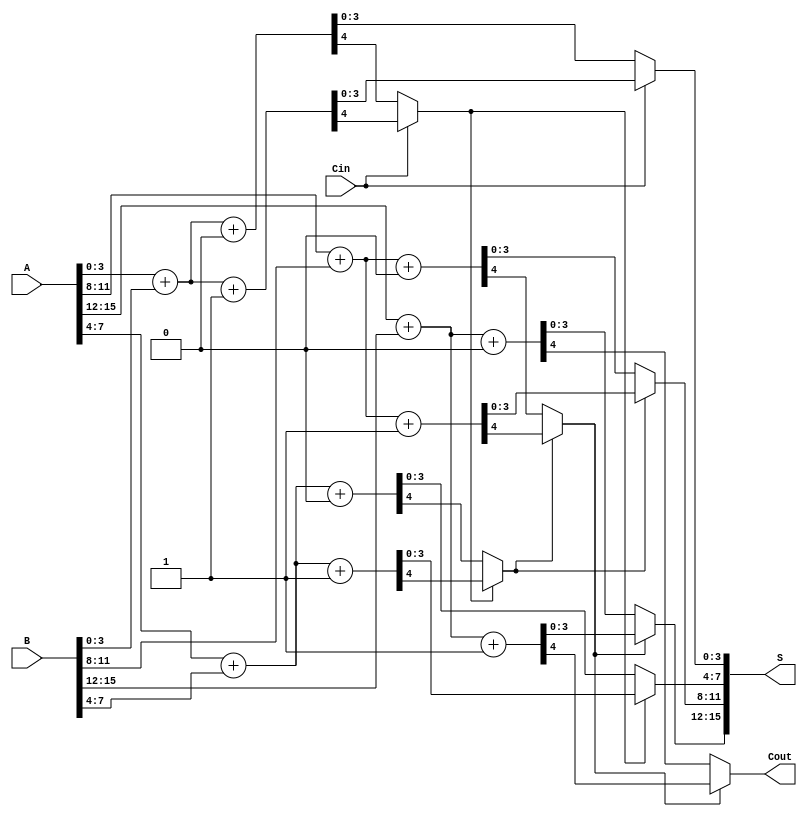
module CCSA #(parameter N = 16, parameter M = 4) (
    input [N-1:0] A,      // First n-bit input
    input [N-1:0] B,      // Second n-bit input
    input Cin,            // Carry input
    output [N-1:0] S,     // n-bit sum output
    output Cout           // Carry output
);

    localparam GROUPS = N / M; // Number of groups
    wire [M-1:0] sum0 [0:GROUPS-1]; // Sum when carry is 0
    wire [M-1:0] sum1 [0:GROUPS-1]; // Sum when carry is 1
    wire carry0 [0:GROUPS-1]; // Carry out when carry is 0
    wire carry1 [0:GROUPS-1]; // Carry out when carry is 1
    wire carry_out [0:GROUPS-1]; // Actual carry out for each group

    genvar i;
    generate
        for (i = 0; i < GROUPS; i = i + 1) begin : group
            // Calculate sum and carry for each group assuming carry in is 0
            assign {carry0[i], sum0[i]} = A[i*M +: M] + B[i*M +: M] + 1'b0;
            // Calculate sum and carry for each group assuming carry in is 1
            assign {carry1[i], sum1[i]} = A[i*M +: M] + B[i*M +: M] + 1'b1;

            // Select the appropriate sum and carry based on the previous carry
            if (i == 0) begin
                assign S[i*M +: M] = (Cin) ? sum1[i] : sum0[i];
                assign carry_out[i] = (Cin) ? carry1[i] : carry0[i];
            end else begin
                assign S[i*M +: M] = (carry_out[i-1]) ? sum1[i] : sum0[i];
                assign carry_out[i] = (carry_out[i-1]) ? carry1[i] : carry0[i];
            end
        end
    endgenerate

    // Final carry output
    assign Cout = carry_out[GROUPS-1];

endmodule